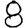
Digit: 8